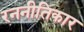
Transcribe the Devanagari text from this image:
रननीतिकार